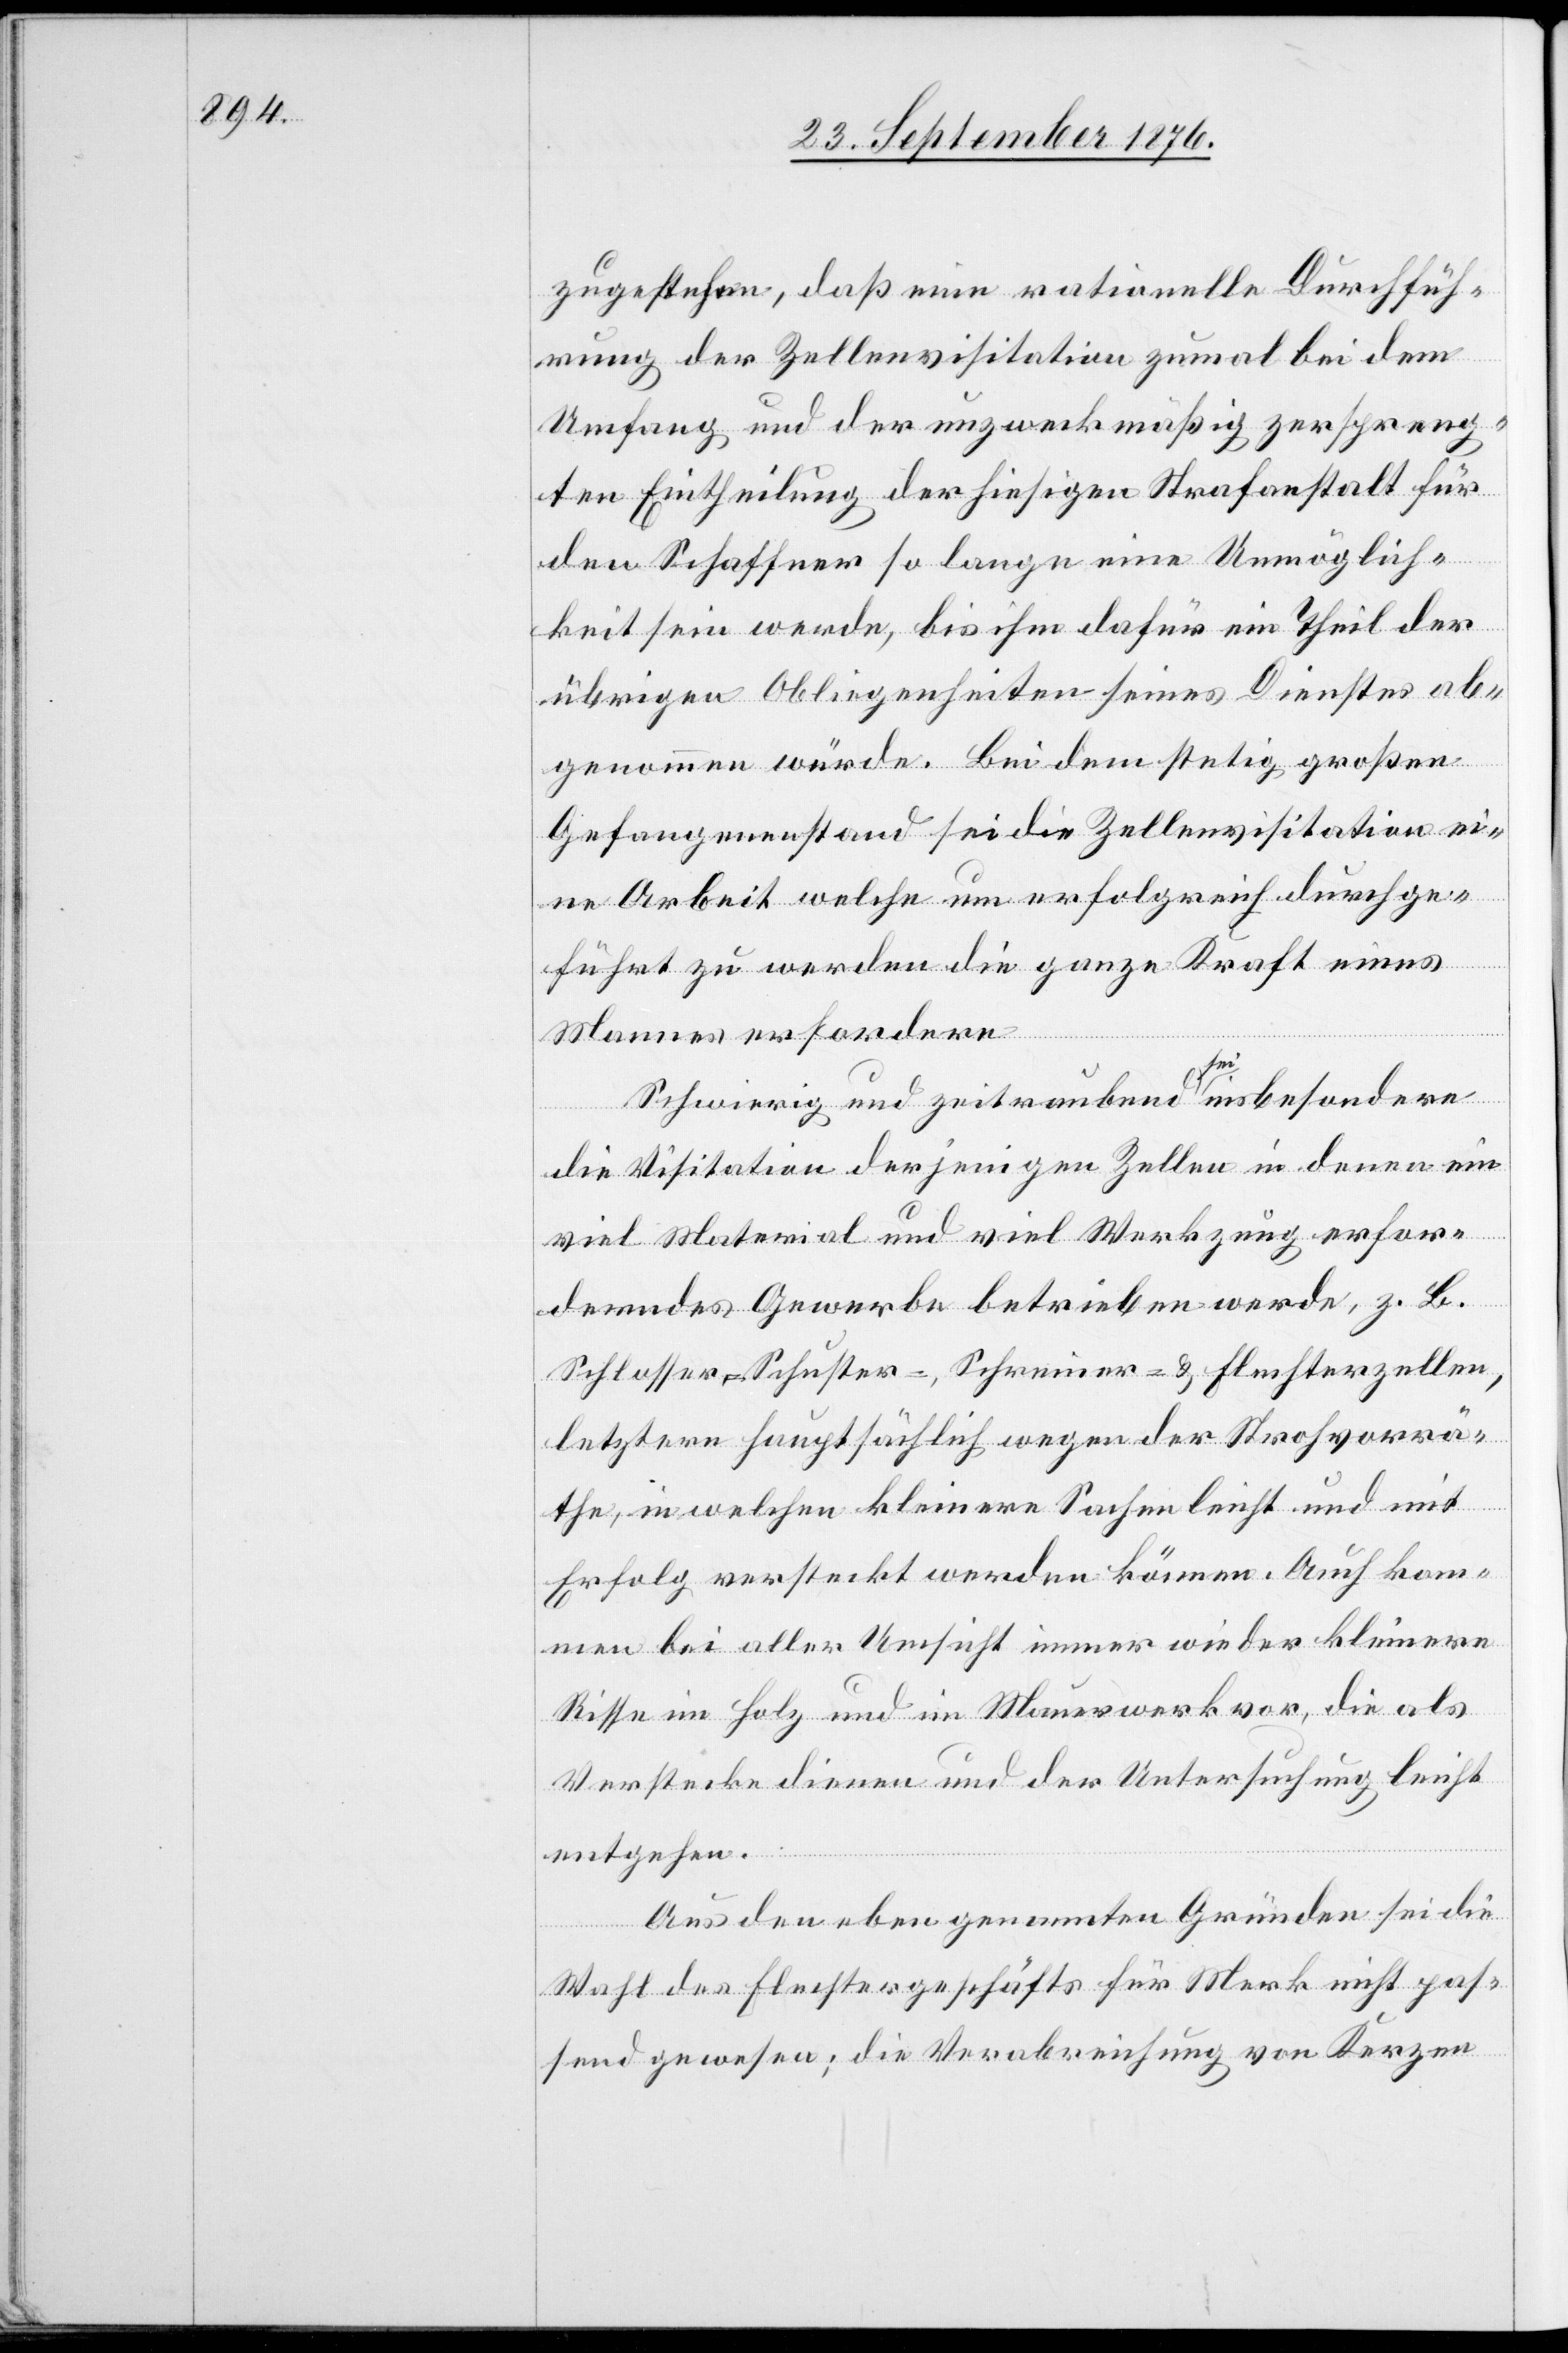
zugestehen, daß eine rationelle Durchfüh¬
rung der Zellenvisitation zumal bei dem
Umfang und der unzweckmäßig zerspreng¬
ten Eintheilung der hiesigen Strafanstalt für
den Schaffner so lange eine Unmöglich¬
keit sein werde, bis ihm dafür ein Theil der
übrigen Obliegenheiten seines Dienstes ab¬
genommen würde. Bei dem stetig großen
Gefangenenstand sei die Zellenvisitation ei¬
ne Arbeit welche um erfolgreich durchge¬
führt zu werden die ganze Kraft eines
Mannes erfordere.
Schwierig und zeitraubend a sei a insbesondere
die Visitation derjenigen Zellen in denen nie
viel Material und viel Werkzeug erfor¬
derndes Gewerbe betrieben werde, z. B.
Schlosser-, Schuster-, Schreiner- & Flechterzellen,
letztere hauptsächlich wegen der Strohvorrä¬
te, in welchen kleinere Sachen leicht und mit
Erfolg versteckt werden können. Auch kom¬
men bei aller Umsicht immer wieder kleinere
Risse im Holz und im Mauerwerk vor, die als
Verstecke dienen und der Untersuchung leicht
entgehen.
Aus den oben genannten Gründen sei die
Wahl des Flechtergeschäfts für Merk nicht pas¬
send gewesen; die Verabreichung von Kerzen